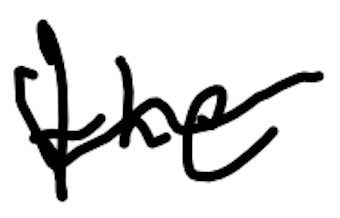
Text: the
Cross-out: wave
Writing tool: digital_black